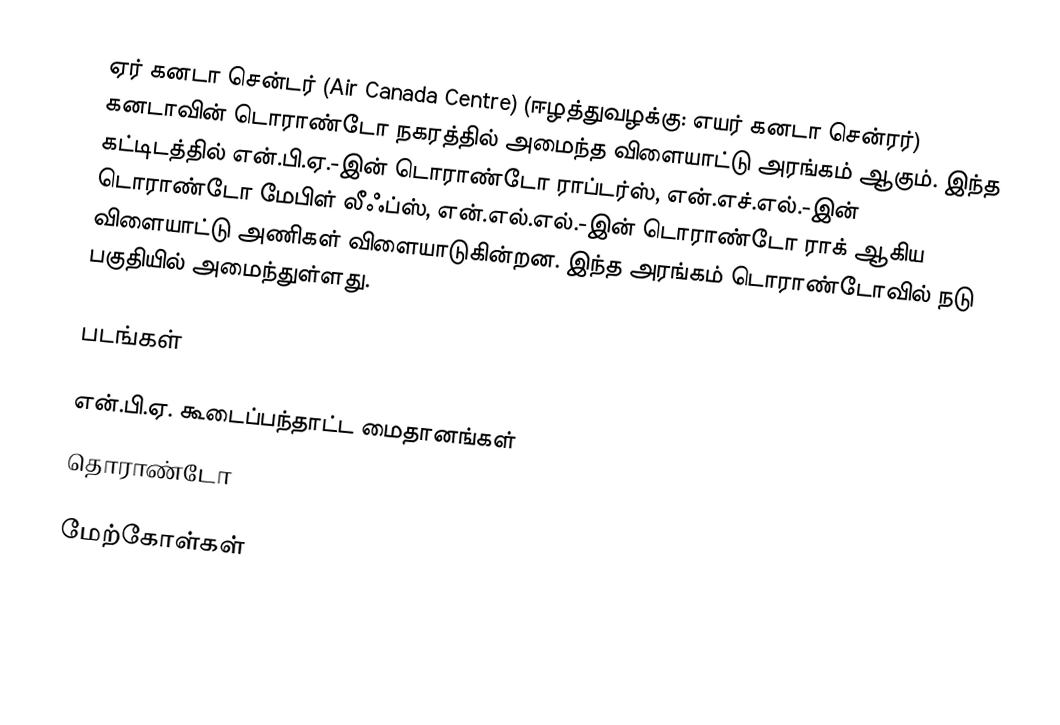
ஏர் கனடா சென்டர் (Air Canada Centre) (ஈழத்துவழக்கு: எயர் கனடா சென்ரர்) கனடாவின் டொராண்டோ நகரத்தில் அமைந்த விளையாட்டு அரங்கம் ஆகும். இந்த கட்டிடத்தில் என்.பி.ஏ.-இன் டொராண்டோ ராப்டர்ஸ், என்.எச்.எல்.-இன் டொராண்டோ மேபிள் லீஃப்ஸ், என்.எல்.எல்.-இன் டொராண்டோ ராக் ஆகிய விளையாட்டு அணிகள் விளையாடுகின்றன. இந்த அரங்கம் டொராண்டோவில் நடு பகுதியில் அமைந்துள்ளது.

படங்கள்

என்.பி.ஏ. கூடைப்பந்தாட்ட மைதானங்கள்
தொராண்டோ

மேற்கோள்கள்